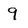
Character: 9